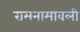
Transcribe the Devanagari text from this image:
रामनामावली